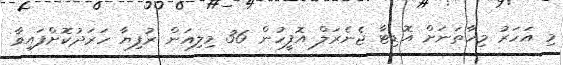
މި އަހަރު މިހާތަނަށް އޮޑިޓާ ޖެނެރަލް އޮފީހުން 36 މިލިއަން ރުފިޔާ ހަރަދުކޮށްފައިވާ